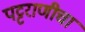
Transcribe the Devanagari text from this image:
पट्टराणीचा